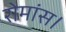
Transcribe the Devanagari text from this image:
रोमांस।